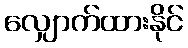
လျှောက်ထားနိုင်